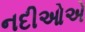
નદીઓએ